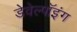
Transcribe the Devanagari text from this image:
डेवेल्पॉइंग